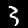
Digit: 3